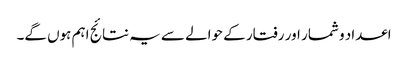
اعداد و شمار اور رفتار کے حوالے سے یہ نتائج اہم ہوں گے۔